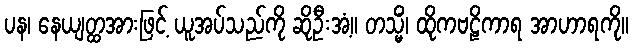
ပန၊ နေယျတ္ထအားဖြင့် ယူအပ်သည်ကို ဆိုဦးအံ့။ တသ္မိံ၊ ထိုကဗဠိကာရ အာဟာရကို။